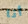
أنا